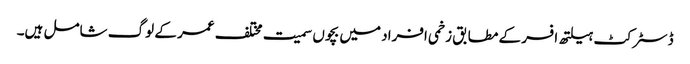
ڈسٹرکٹ ہیلتھ افسر کے مطابق زخمی افراد میں بچوں سمیت مختلف عمر کے لوگ شامل ہیں۔